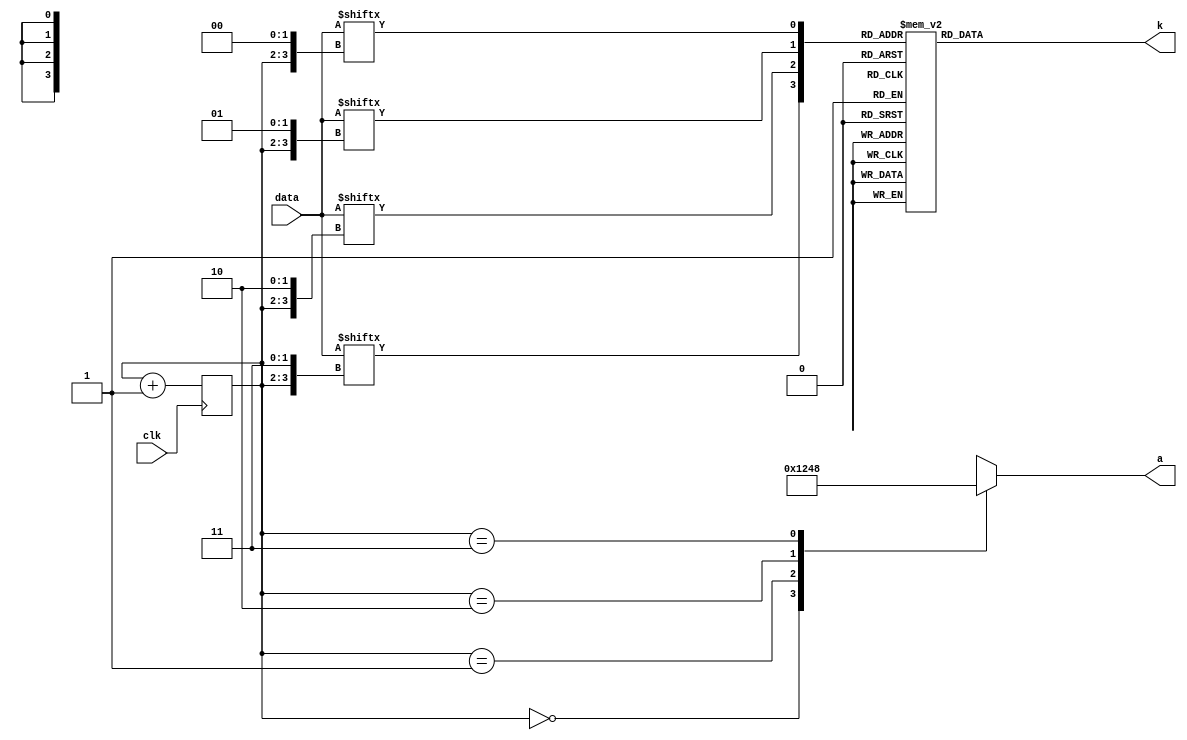
module seven_seg_4d (
    input wire clk,
    input wire [15:0] data,
    output wire [3:0] a,
    output wire [6:0] k);

    wire [3:0] s_data;
    reg [1:0] select;

    assign k = decoder_16(s_data);

    assign s_data = {data[{select, 2'b11}],
                     data[{select, 2'b10}],
                     data[{select, 2'b01}],
                     data[{select, 2'b00}]};

    assign a = decoder_2to4(select);

    always @ (posedge clk) begin
        select <= select + 1;
    end

    function [3:0] decoder_2to4(input [1:0] in);
        case (in)
            2'b00: decoder_2to4 = 4'b0001;
            2'b01: decoder_2to4 = 4'b0010;
            2'b10: decoder_2to4 = 4'b0100;
            2'b11: decoder_2to4 = 4'b1000;
        endcase
    endfunction

    function [6:0] decoder_16(input [3:0] in);
        case (in)
            4'h0:    decoder_16 = 7'b1111110;
            4'h1:    decoder_16 = 7'b0110000;
            4'h2:    decoder_16 = 7'b1101101;
            4'h3:    decoder_16 = 7'b1111001;
            4'h4:    decoder_16 = 7'b0110011;
            4'h5:    decoder_16 = 7'b1011011;
            4'h6:    decoder_16 = 7'b1011111;
            4'h7:    decoder_16 = 7'b1110000;
            4'h8:    decoder_16 = 7'b1111111;
            4'h9:    decoder_16 = 7'b1111011;
            4'ha:    decoder_16 = 7'b1110111;
            4'hb:    decoder_16 = 7'b0011111;
            4'hc:    decoder_16 = 7'b1001110;
            4'hd:    decoder_16 = 7'b0111101;
            4'he:    decoder_16 = 7'b1001111;
            4'hf:    decoder_16 = 7'b1000111;
            default: decoder_16 = 7'b0000000;
        endcase
    endfunction

endmodule